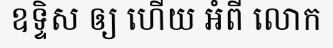
ឧទ្ទិស ឲ្យ ហើយ អំពី លោក